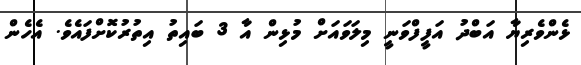
ޅެންވެރިޔާ އަބްދު އަފީފްވަނީ މިލަވައަށް މުޅިން އާ 3 ބައިތު އިތުރުކޮށްފައެވެ. އެހެން